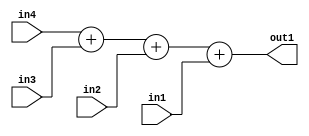
`timescale 1ps / 1ps
/*****************************************************************************
    Verilog RTL Description
    
    
    Created by: Stratus DpOpt 2019.1.01 
*******************************************************************************/

module st_feature_addr_gen_Add4u32u32u32u32_1 (
	in4,
	in3,
	in2,
	in1,
	out1
	); /* architecture "behavioural" */ 
input [31:0] in4,
	in3,
	in2,
	in1;
output [31:0] out1;
wire [31:0] asc001;

wire [31:0] asc001_tmp_0;
wire [31:0] asc001_tmp_1;
assign asc001_tmp_1 = 
	+(in4)
	+(in3);
assign asc001_tmp_0 = asc001_tmp_1
	+(in2);
assign asc001 = asc001_tmp_0
	+(in1);

assign out1 = asc001;
endmodule

/* CADENCE  uLj1Swo= : u9/ySgnWtBlWxVPRXgAZ4Og= ** DO NOT EDIT THIS LINE ******/